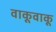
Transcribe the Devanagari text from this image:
वाकूवाकू